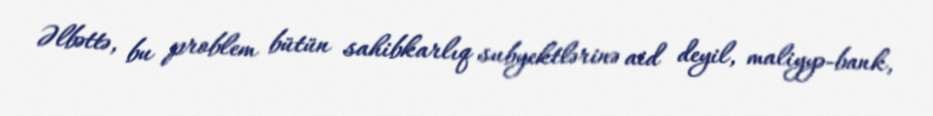
Əlbəttə, bu problem bütün sahibkarlıq subyektlərinə aid deyil, maliyyə-bank,